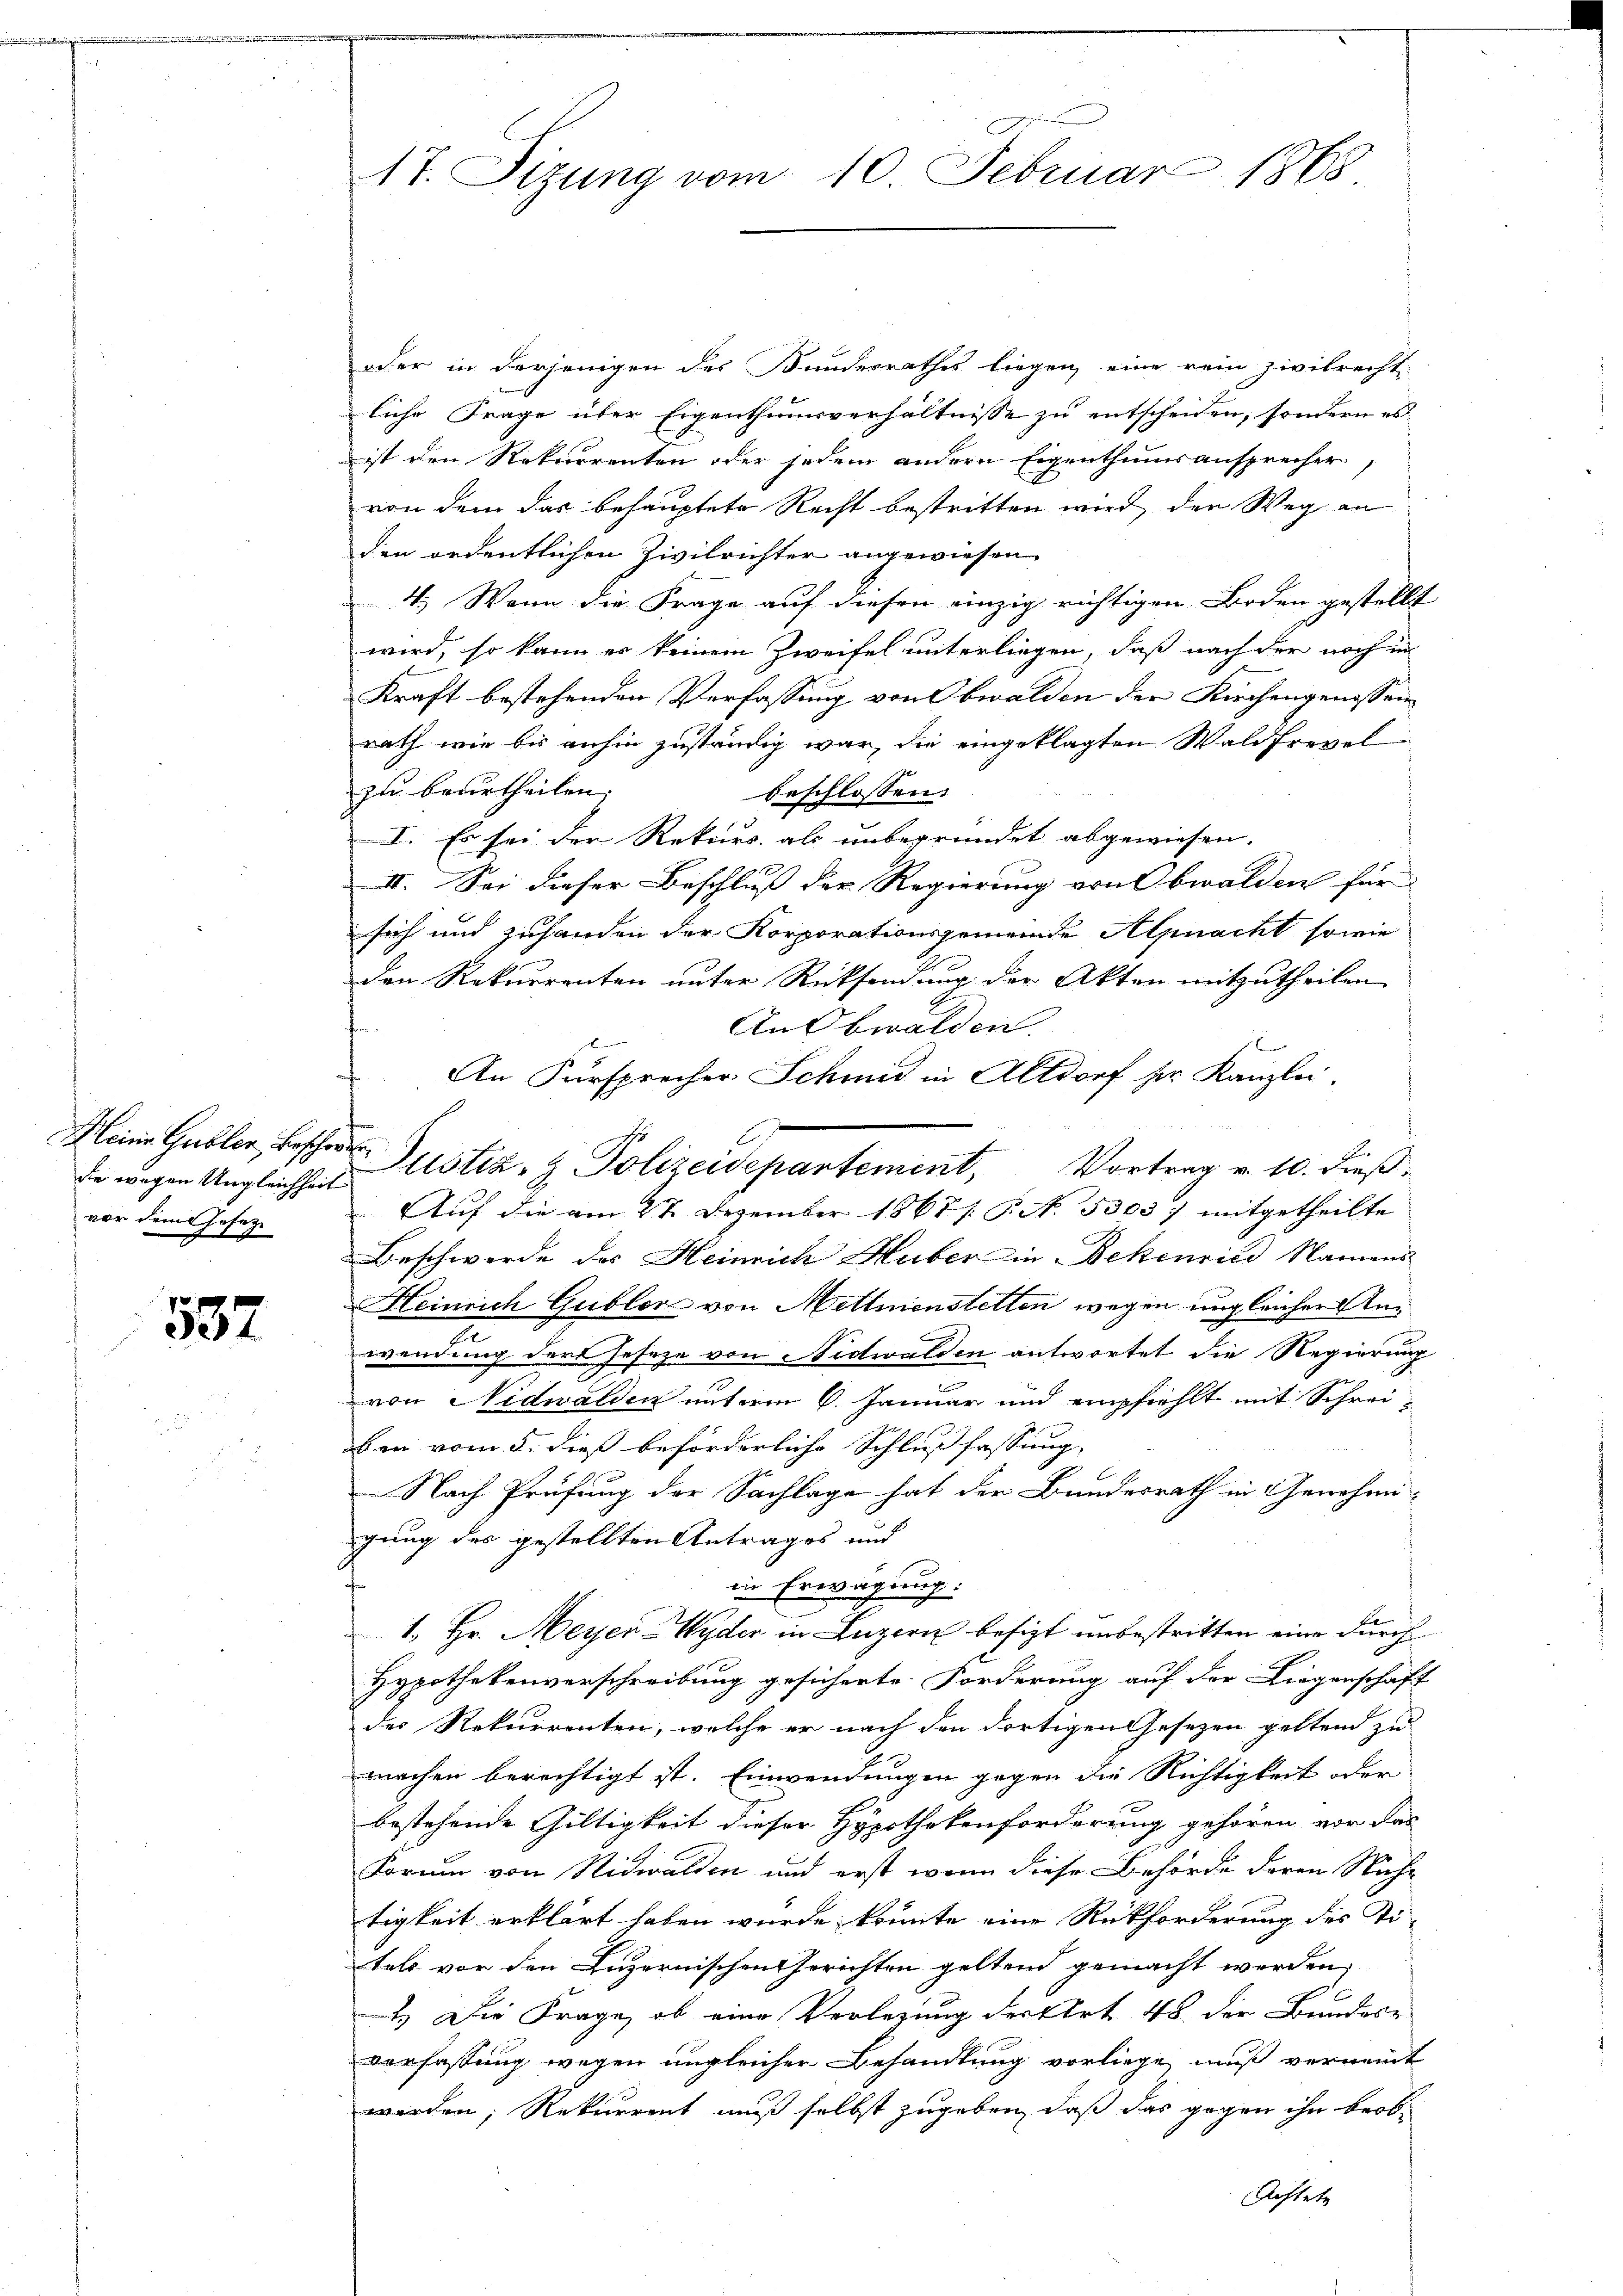
indern

die wegen Ungleichheit
vor dem Gesetze

532

17. Sizung vom 10. Februar 1868

oder in derjenigen des Bundesrathes liegen, eine rein zivilrecht
liche Frage über Eigenthumsverhältnisse zu entscheiden, sondern es
ist den Rekurrenten oder jedem andern Eigenthumsansprecher,
von dem das behauptete Recht bestritten wird, der Weg an
den ordentlichen Zivilrichter angewiesen.
4.) Wenn die Frage auf diesen einzig richtigen Boden gestellt
wird, so kann er keinem Zweifel unterliegen, daß nach der noch in
Kraft bestehenden Verfassung von Obwalden der Kirchengenossen
rath wie bis anhin zuständig war, die eingeklagten Waldfrevel
zu beurtheilen;
beschlossen:
I. Es sei der Rekurs als unbegründet abgewiesen.
II. Sei dieser Beschluß der Regierung von Obwalden für
sich und zuhanden der Korporationsgemeinde Alpnacht sowie
den Rekurrenten unter Rücksendung der Akten mitzutheilen
An Obwalden.
An Fürsprecher Schmid in Altdorf pr. Kanzlei-
Auf die am 27. Dezember 1867 s. S. N. 3303 7 mitgetheilte
Beschwerde des Heinrich Huber in Bekenried Namens
Heinrich Gubler von Mettmenstetten wegen ungleicher An¬
2
wendung der Geseze von Nidwalden antwortet die Regierung
von Nidwalden unterm 6. Januar und empfiehlt mit Schrei-
ben vom 5. dieß beförderliche Schlußfassung,
Nach Prüfung der Sachlage hat der Bundesrath in Genehmi-
gung des gestellten Antrages und
in Erwägung:
1. Hr. Meyer-Wyder in Luzern besizt unbestritten eine durch
Hypothekenverschreibung gesicherte Forderung auf der Liegenschaf
der Rekurrenten, welche er nach den dortigen Gesetzen geltend zu
machen berechtigt ist. Einwendungen gegen die Richtigkeit oder
bestehende Gültigkeit dieser Hypothekenforderung gehören vor das
Forum von Nidwalden und erst wenn diese Behörde deren Nacht
tigkeit erklärt haben würde, könnte eine Rückforderung des Ti-
tels vor den Luzernischen Gerichten geltend gemacht werden,
.
2.) Die Frage, ob eine Verlegung der Art. 48 der Bundes-
verfassung wegen ungleicher Behandlung vorliege muß vernennt
werden, Rekurrent muß selbst zugeben, daß das gegen ihn beob-
Achtete

Heine Gubler Besche Justiz- & Polizeidepartement, Vortrag v. 10. dieß